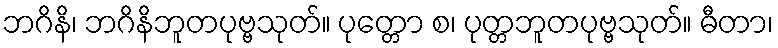
ဘဂိနိ၊ ဘဂိနိဘူတပုဗ္ဗသုတ်။ ပုတ္တော စ၊ ပုတ္တဘူတပုဗ္ဗသုတ်။ ဓီတာ၊